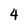
Character: 4